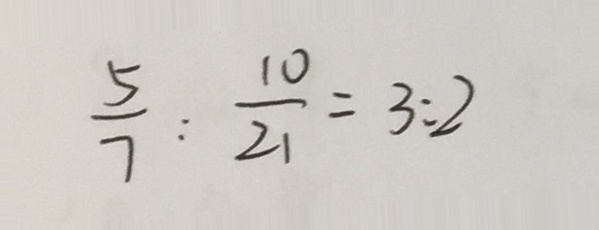
\frac { 5 } { 7 } : \frac { 1 0 } { 2 1 } = 3 : 2